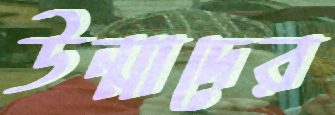
উন্মাদের